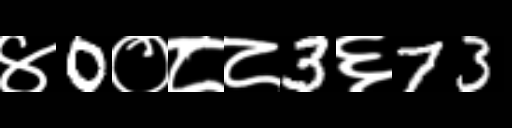
Text: ४0०८८3६73